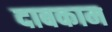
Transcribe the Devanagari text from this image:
दाबकाम